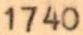
1740